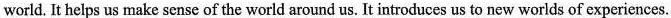
world. It helps us make sense of the world around us. It introduces us to new worlds of experiences.